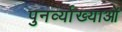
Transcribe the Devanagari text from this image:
पुनर्व्याख्याओं